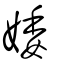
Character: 婑